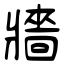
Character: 牆